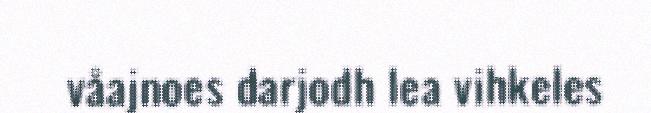
våajnoes darjodh lea vihkeles